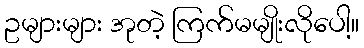
ဥများများ အုတဲ့ ကြက်မမျိုးလိုပေါ့။